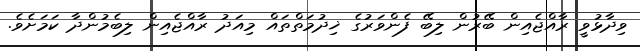
ވިދާޅުވީ ރާއްޖެއިން ބޭރުން ލިބޭ ފެންވަރުގެ ޚިދުމަތްތައް މިއަދު ރާއްޖެއިން ލިބެމުންދާ ކަމަށެވެ.